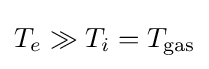
T_{e}\gg T_{i}=T_{\text{gas}}